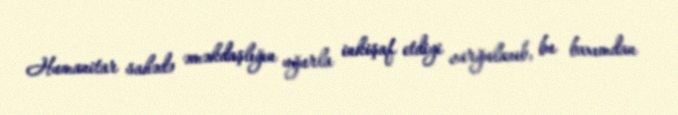
Humanitar sahədə əməkdaşlığın uğurla inkişaf etdiyi vurğulanıb, bu baxımdan